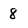
Character: 8